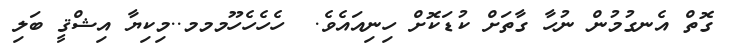
ގޮތް އެނގުމުން ނުހާ ގާތަށް ކުޑަކޮށް ހިނިއައެވެ.  ހެހެހެހޫމމމ..މިކިޔާ އިޝްޤީ ބަލި